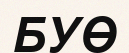
БУӨ